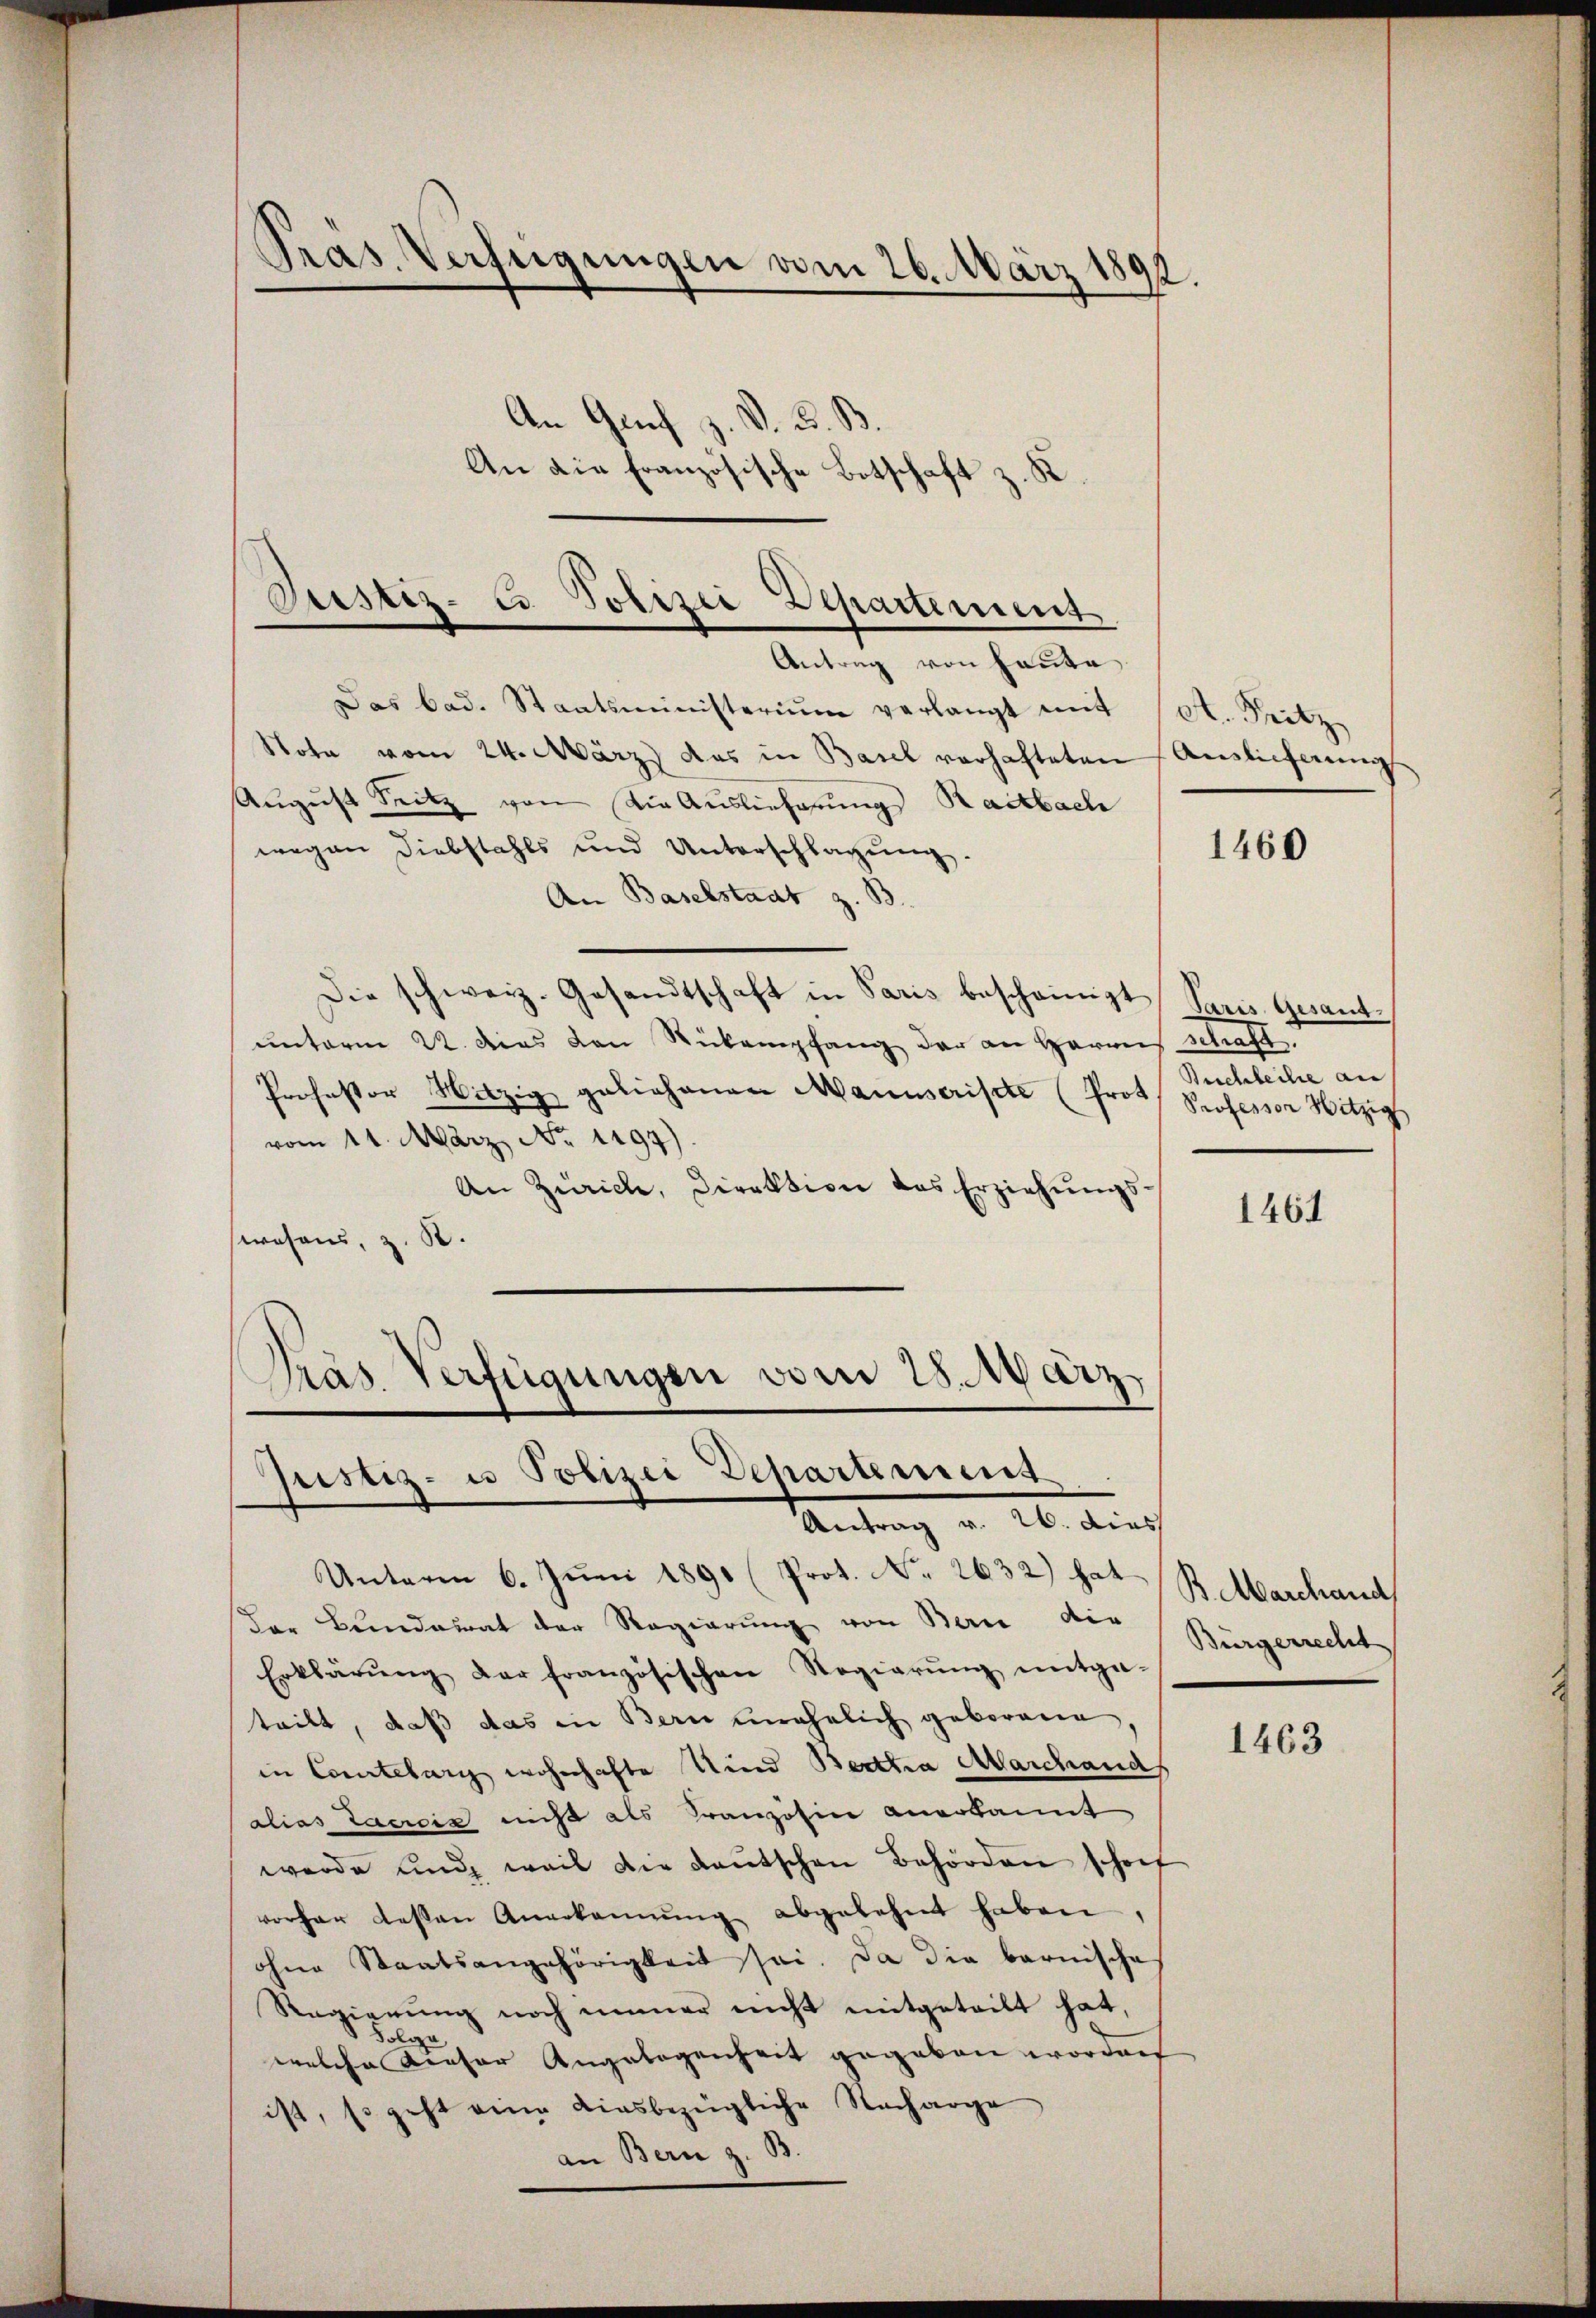
Pras. Verfügungen vom 26. März 1891.

Justiz- u Polizei Departement.
Antrag von heute

Justiz- u Polizei Departement
Antrag v. 26. dies

An die Französische Botschaft z. R.

An Genf z. V. B. B.

Unterm 6. Juni 1891 (Prot. No 2632) hat
der Bundesrat der Regierung von Bern die
Erklärŭng der französischen Regierŭng mitge-
teilt, daß das in Bern unehelich geborene
in Courtelar wohnhafte Kind Betta Alarchands
alias Lacrois nicht als Französine anerkannt
werde und weil die Baŭtschen Behörden schof
vorher dessen Anerkannŭng abgelehnt haben,
ohne Staatsangehörigkeit sei. Da die bernische
Regierŭng noch immer nicht mitgeteilt hat,
welche Kieser Angelegenheit gegeben worden
ist, so geht eine diesbezügliche Nacharge
an Bern z. B.

Das bad. Staatsministerium verlangt mit
Note vom 24. März das in Basel verhafteten
Aŭgŭst Seitz von die Auslieferung Raitbach
wegen Diebstahls und Unterschlagung.
An Baselstadt z.
Die schweiz. Gesandtschaft in Paris bescheinigt Paris Gesandunterm 22. dies von Rickempfang der an Herrns schaft.
Professor Witzig geliehenen Manuscrisite (Prot. Professor Witzig
vom 11. März No. 1497)
An Zürich, Direktion des Erziehŭngs-
swesens, z. B.
Präs. Verfügungen vom 28. März

A. Fritz
Auslieferung

1460

Buchleihe au

1461

B. Marchand
Bürgerrecht

1463